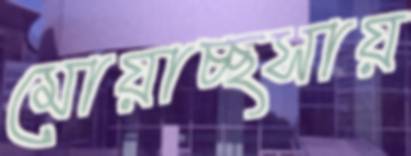
মোয়াচ্ছসায়